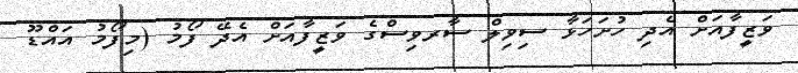
ވަޒީފާއަށް އެދި ހުށަހަޅާ ސިވިލް ސާރވިސްގެ ވަޒީފާއަށް އެދޭ ފޯމު (މިފޯމު އައްޑޫ